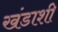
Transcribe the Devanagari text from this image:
खंडाशी